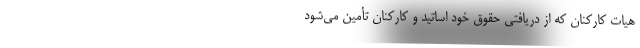
هیات کارکنان که از دریافتی حقوق خود اساتید و کارکنان تأمین می‌شود